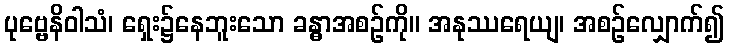
ပုဗ္ဗေနိဝါသံ၊ ရှေး၌နေဘူးသော ခန္ဓာအစဉ်ကို။ အနုဿရေယျ၊ အစဉ်လျှောက်၍